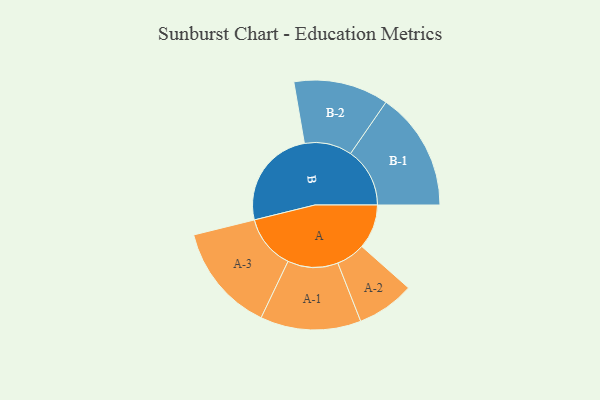
{"axis": {"x": "Segment", "y": "Value"}, "legend": ["", "A", "B"], "data": [{"x": "A", "y": 174, "type": ""}, {"x": "B", "y": 394, "type": ""}, {"x": "A-1", "y": 197, "type": "A"}, {"x": "A-2", "y": 113, "type": "A"}, {"x": "A-3", "y": 212, "type": "A"}, {"x": "B-1", "y": 232, "type": "B"}, {"x": "B-2", "y": 186, "type": "B"}]}